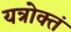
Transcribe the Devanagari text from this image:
यत्रोक्तं